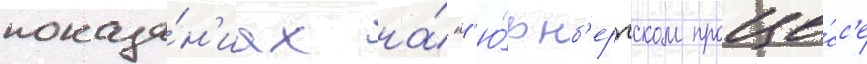
показа́н'иах на́ н'ю́рнб'ергском проце́сс'е